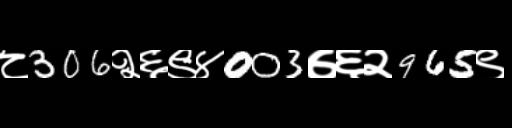
Text: ८306२६९४003७६२965९